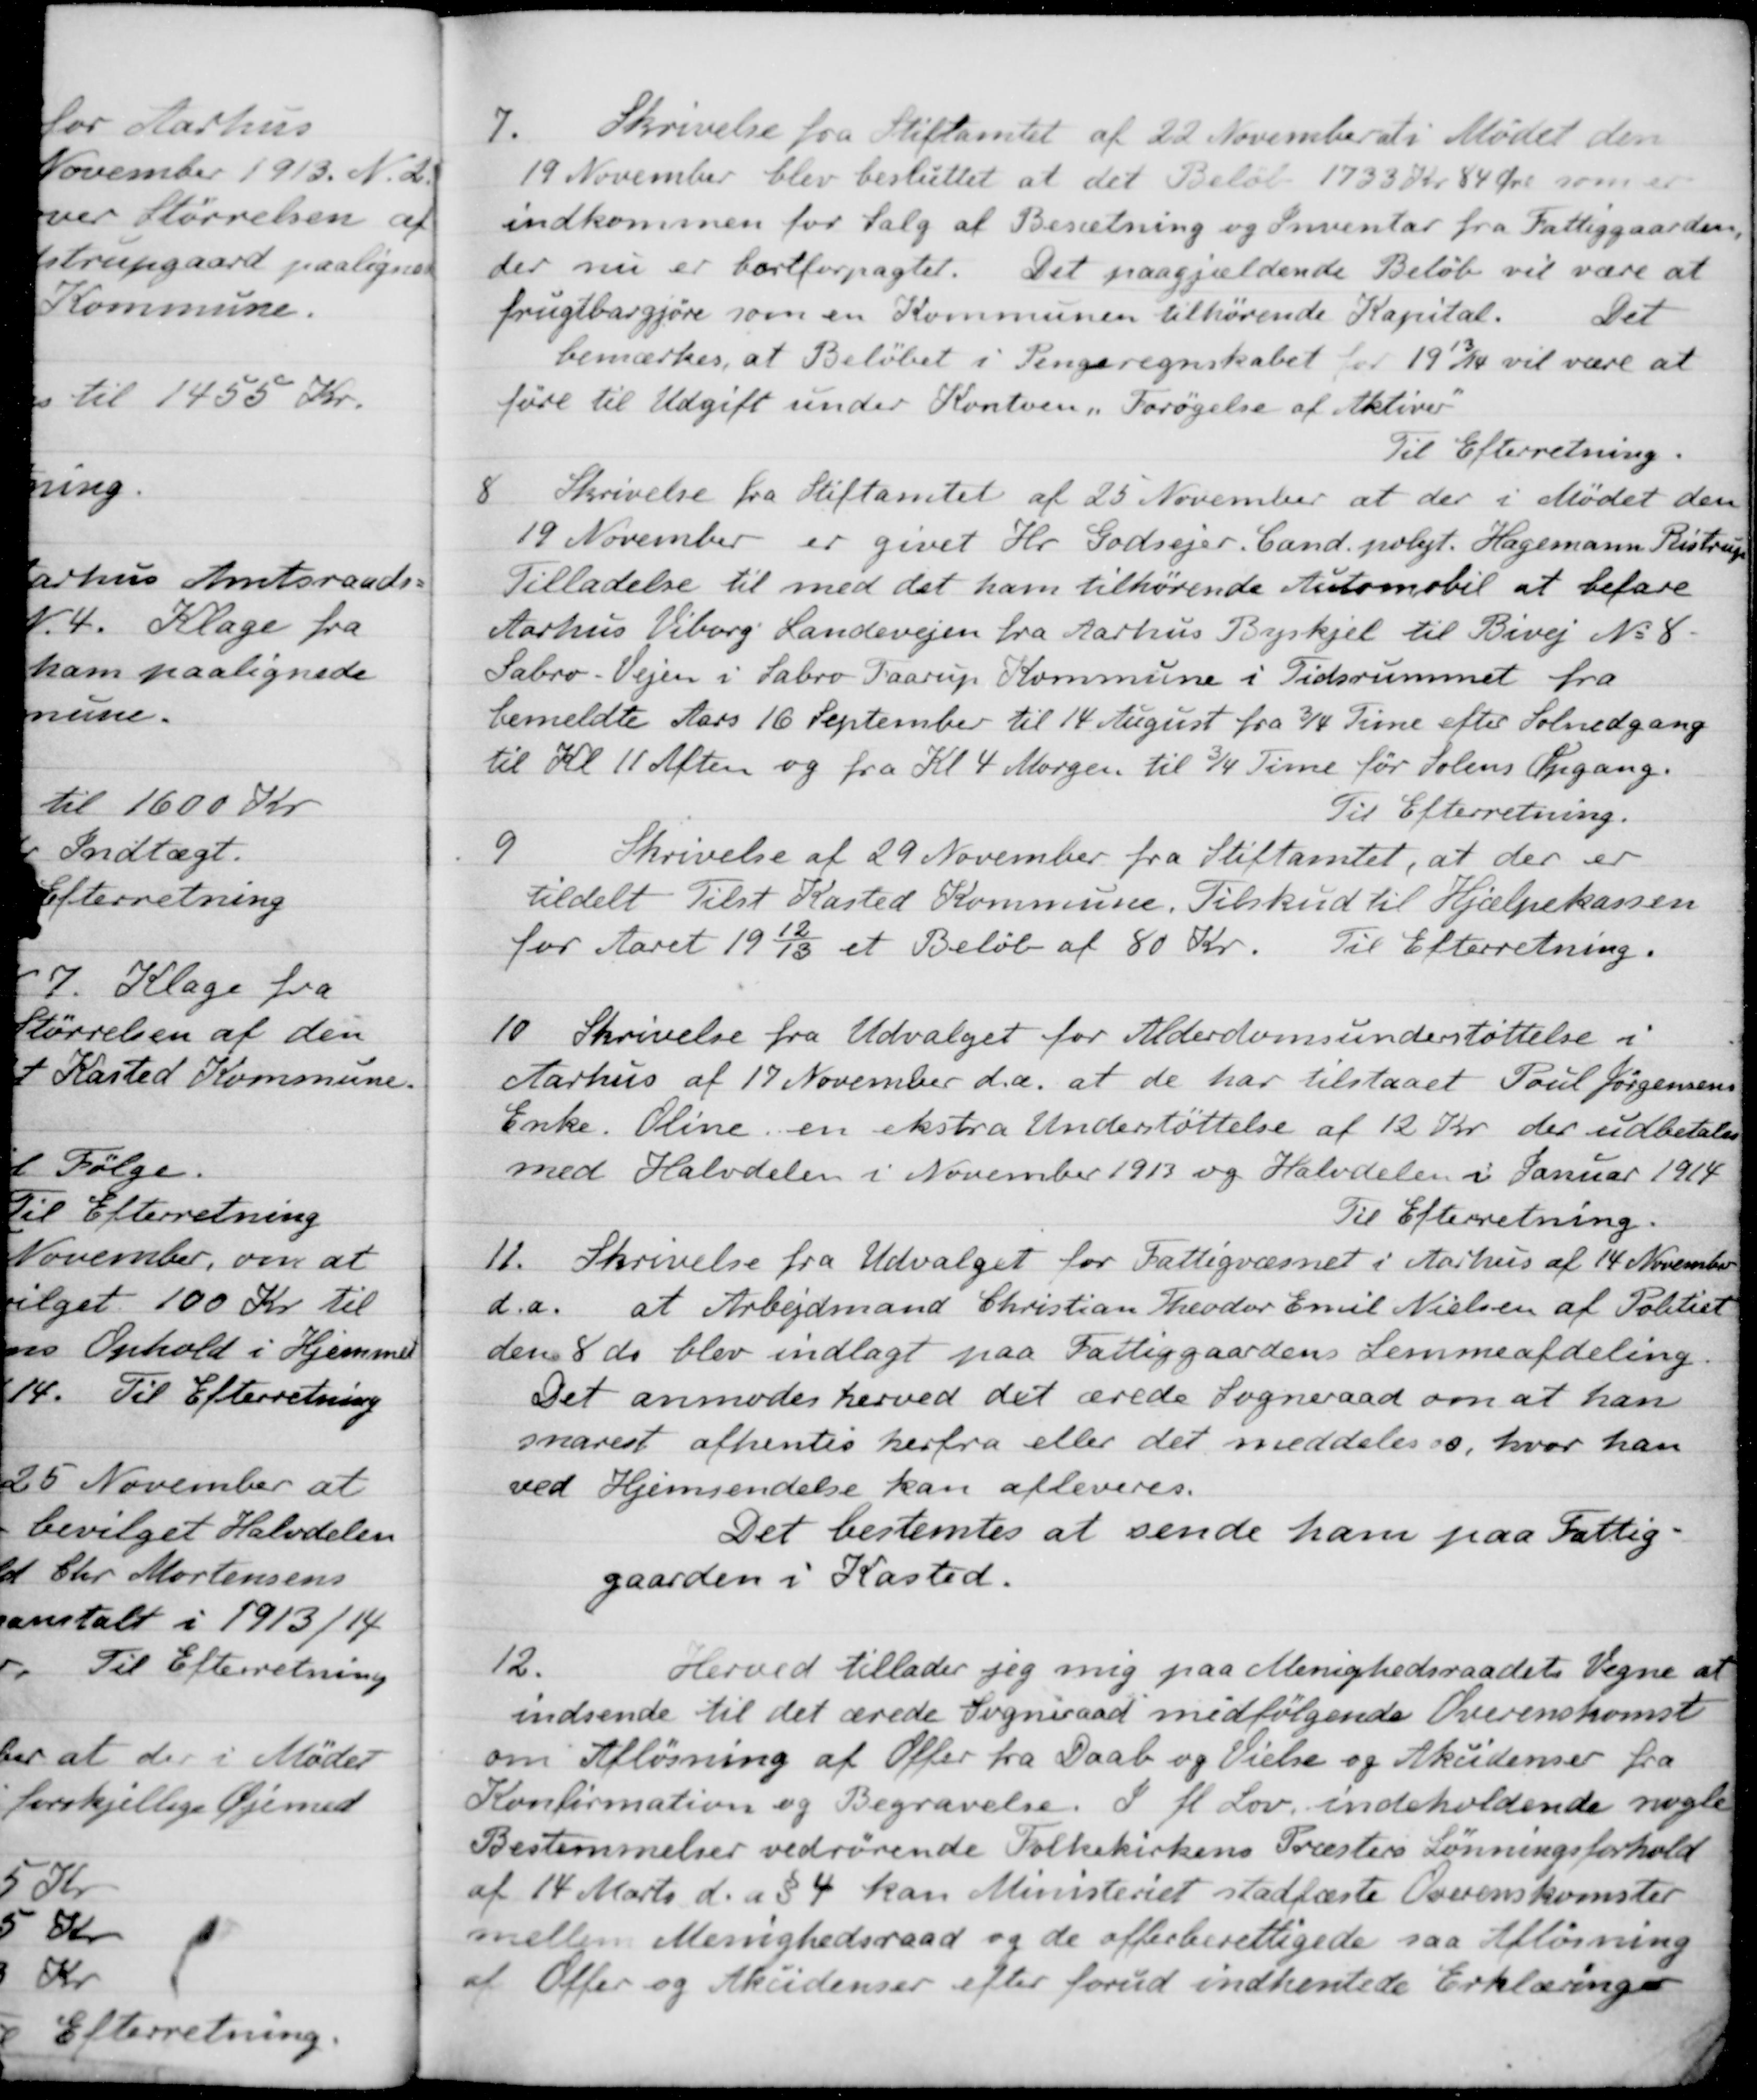
Transskription:
7. 
Skrivelse fra Stiftamtet af 22 November at i Mødet den
19 November blev besluttet at det Beløb 1733 Kr. 84 Øre som er
indkommen for Salg af Besætning og Inventar fra Fattiggaarden,
der nu er bortforpagtet. Det paagjældende Beløb vil være at
frugtbargjøre som en Kommunen tilhørende Kapital.
Det
bemærkes, at Beløbet i Pengeregnskabet for 1913/14 Kr vil være at
føre til Udgift under Kontoen. Forøgelse af Aktiver
Til Efterretning.
8
Skrivelse fra Stiftamtet af 25 November at der i Mødet den
19 November er givet Hr. Godsejer, Cand. polyt. Hagemann Ristrup
Tilladelse til med det ham tilhørende Automobil at befare
Aarhus Viborg Landevejen fra Aarhus Byskjel til Bivej No 8-
Sabro-Vejen i Sabro Faarup Kommune i Tidsrummet fra
bemeldte Aars 16 September til 14 August fra 3/4 Time efter Solnedgang
til Kl 11 Aften og fra Kl 4 Morgen til 3/4 Time for Solens Opgang.
Til Efterretning.
9
Skrivelse af 29 November fra Stiftamtet, at der er
tildelt Tilst Kasted Kommune. Tilskud til Hjælpekassen
for Aaret 1912/13 et Beløb af 80 Kr.
Til Efterretning.
10.
Skrivelse fra Udvalget for Alderdomsunderstøttelse i
Aarhus af 17 November d.a. at de har tilstaaet Poul Jørgensens
Enke. Oline en ekstra Understøttelse af 12 Kr. der udbetales
med Halvdelen i November 1913 og Halvdelen i Januar 1914
Til Efterretning.
11.
Skrivelse fra Udvalget for Fattigvæsnet i Aarhus af 14 November
d.a. at Arbejdsmand Christian Theodor Emil Nielsen af Politiet
den 8 ds blev indlagt paa Fattiggaardens Lemmeafdeling
Det anmodes herved det ærede Sogneraad om at han
snarest afhentes herfra eller det meddeles os, hvor han
ved Hjemsendelse kan afleveres.
Det bestemtes at sende ham paa Fattig-
gaarden i Kasted.
12.
Herved tillader jeg mig paa Menighedsraadets Vegne at
indsende til det ærede Sogneraad medfølgende Overenskomst
om Afløsning af Offer fra Daab og Vielse og Akcidenser fra
Konfirmation og Begravelse. I. fl. Lov. indeholdende nogle
Bestemmelser vedrørende Folkekirkens Præsters Lønningsforhold
af 14 Marts d. a. § 4 kan Ministeriet stadfæste Overenskomster
mellem Menighedsraad og de offerberettigede saa Afløsning
af Offer og Aksidenser efter forud indhentede Erklæringer